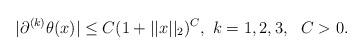
LaTeX: \begin{align*} \vert \partial^{(k)} \theta(x) \vert \leq C (1+ \vert \vert x \vert \vert_2)^C, \ k=1,2,3, \ \ C>0 . \end{align*}